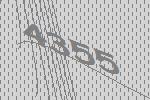
4355